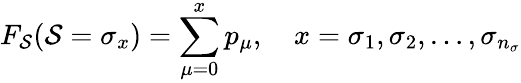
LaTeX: F_{\mathcal{S}}(\mathcal{S}=\sigma_{x})=\sum_{\mu=0}^{x}p_{\mu},\quad x={\sigma}_{1},{\sigma}_{2},\dotsc,{\sigma}_{n_{\sigma}}